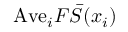
\mathrm { A v e } _ { i } F \bar { S } ( x _ { i } )